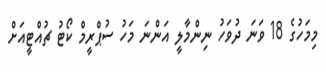
މިމަހުގެ 18 ވަނަ ދުވަހު ނިންމާލީ އަންނަ މަހު ސުޕްރީމް ކޯޓު ޗުއްޓީއަށް